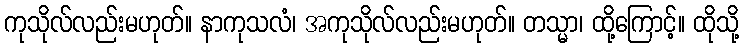
ကုသိုလ်လည်းမဟုတ်။ နာကုသလံ၊ အကုသိုလ်လည်းမဟုတ်။ တသ္မာ၊ ထို့ကြောင့်။ ထိုသို့